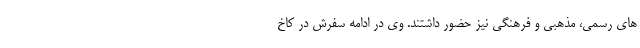
های رسمی، مذهبی و فرهنگی نیز حضور داشتند. وی در ادامه سفرش در کاخ